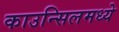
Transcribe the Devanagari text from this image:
काउन्सिलमध्ये